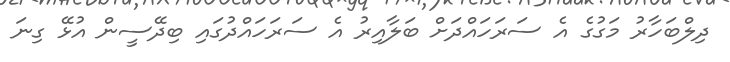
ދިލްބަހާރު މަގުގެ އެ ސަރަހައްދަށް ބަލާއިރު އެ ސަރަހައްދުގައި ބިދޭސީން އުޅޭ ގިނަ